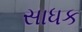
સાધક